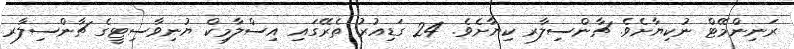
ރަނިންމޭޓް ނުކިޔާށެވެ. ޗާންސިލާރ ކިޔާށެވެ. 24 ގަޑިއުރު ތެރޭގައި އިސްލާމިކް ޔުނިވާސިޓީގެ ޗާންސިލާރ